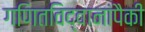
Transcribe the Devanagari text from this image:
गणितविद्वानांपैकी